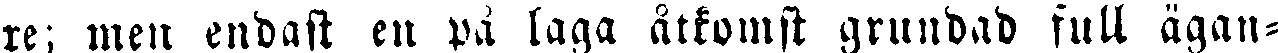
re; men endast en på laga åtkomst grundad full ägan-